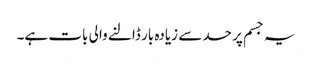
یہ جسم پر حد سے زیادہ بار ڈالنے والی بات ہے۔